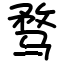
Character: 骛